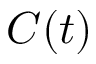
C ( t )